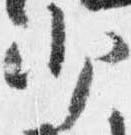
少